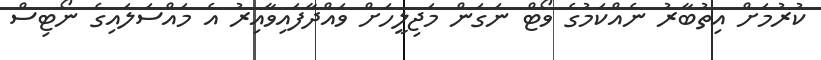
ކުރުމަށް އިތުބާރު ނެއްކަމުގެ ވޯޓް ނަގަން މަޖިލީހަށް ވައްދާފައިވާއިރު އެ މައްސަލައިގެ ނޯޓިސް